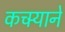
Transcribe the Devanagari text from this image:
कचर्‍याने